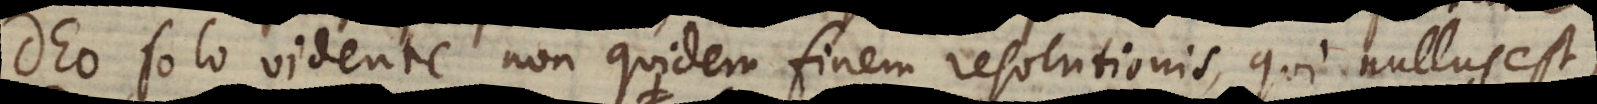
Deo solo vidente non quidem finem resolutionis, qui nullus est,